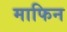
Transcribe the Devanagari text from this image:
माफिन